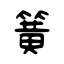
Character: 簧